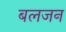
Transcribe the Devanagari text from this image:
बलजन